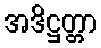
အဒိဋ္ဌတ္တာ